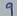
Text: 9